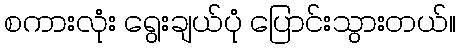
စကားလုံး ရွေးချယ်ပုံ ပြောင်းသွားတယ်။